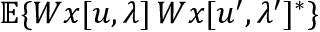
{ \mathbb E } \{ W x [ u , \lambda ] \, W x [ u ^ { \prime } , \lambda ^ { \prime } ] ^ { * } \}